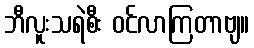
ဘီလူးသရဲစီး ဝင်လာကြတာဗျ။